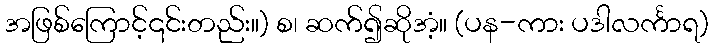
အဖြစ်ကြောင့်၎င်းတည်း။) စ၊ ဆက်၍ဆိုအံ့။ (ပန-ကား ပဒါလင်္ကာရ)